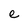
Character: e